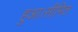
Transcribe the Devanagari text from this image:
हुआ।सीमित